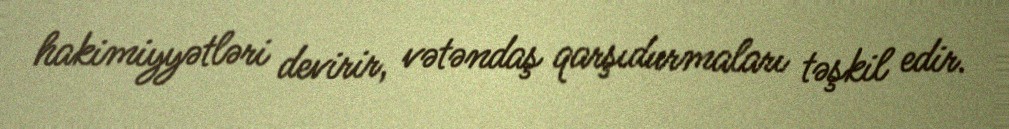
hakimiyyətləri devirir, vətəndaş qarşıdurmaları təşkil edir.